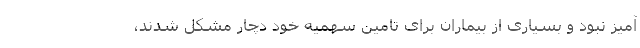
آمیز نبود و بسیاری از بیماران برای تامین سهمیه خود دچار مشکل شدند،